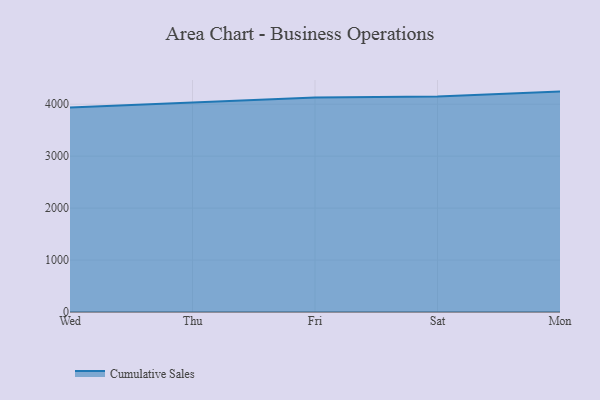
{"axis": {"x": "Day", "y": "Active Users"}, "legend": ["Cumulative Sales"], "data": [{"x": "Wed", "y": 3937.0, "type": "Cumulative Sales"}, {"x": "Thu", "y": 4034.6, "type": "Cumulative Sales"}, {"x": "Fri", "y": 4128.5, "type": "Cumulative Sales"}, {"x": "Sat", "y": 4147.6, "type": "Cumulative Sales"}, {"x": "Mon", "y": 4242.3, "type": "Cumulative Sales"}]}